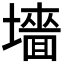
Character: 𫮰